Problem: 2 × 4 = ?
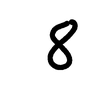
Handwritten answer: 8